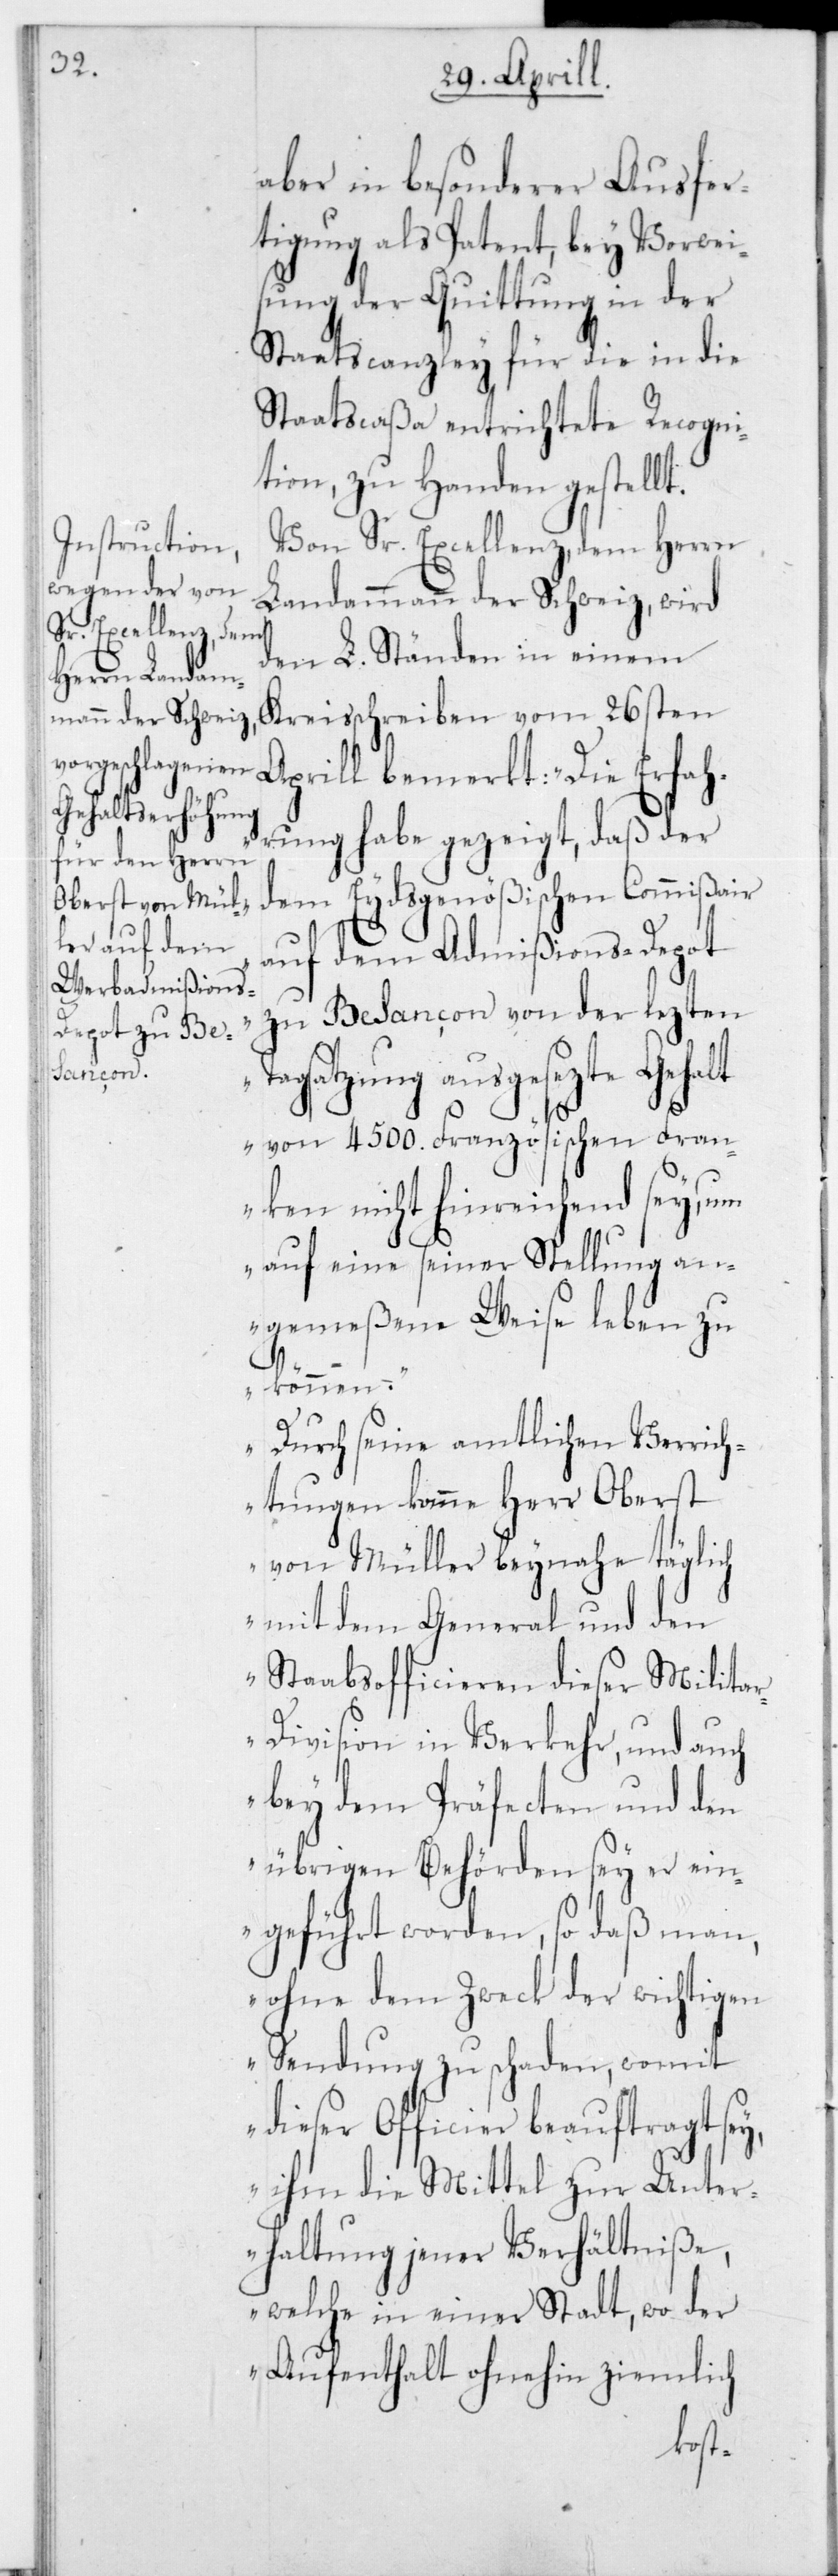
aber in besonderer Ausfer¬
tigung als Patent, bey Vorwei¬
sung der Quittung in der
Staatscanzley für die in die
Staatscaßa entrichtete Recogni¬
tion, zu Handen gestellt.
Von Sr. Excellenz, dem Herrn
Landammann der Schweiz, wird
den L. Ständen in einem
Kreisschreiben vom 26sten
Aprill bemerkt: „Die Erfah¬
rung habe gezeigt, daß der
dem Eydsgenößischen Commißair
auf dem Admißions-Depot
zu Besançon von der lezten
agsatzung ausgesetzte Gehalt
von 4500 Französischen Fran¬
ken nicht hinreichend sey, um
auf eine seiner Stellung an¬
gemeßene Weise leben zu
können.
Durch seine amtlichen Verrich¬
T¬
tungen komme Herr Oberst
von Müller beynahe täglich
mit dem General und den
Stabsofficieren dieser Milita¬
r-Division in Verkehr, und auch
bey dem Präfecten und den
übrigen Behörden sey er ein¬
geführt worden, so daß man,
ohne dem Zweck der wichtigen
Sendung zu schaden, womit
dieser Officier beauftragt sey,
ihm die Mittel zu Unter¬
haltung jener Verhältniße,
welche in einer Stadt, wo der
Aufenthalt ohnehin ziemlich